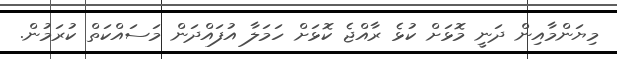
މިޔަންމާއިން ދަނީ މޮޅަށް ކުޅެ ރާއްޖެ ކޮޅަށް ހަމަލާ އުފައްދަން މަސައްކަތް ކުރަމުން.